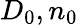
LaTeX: D_{0},n_{0}